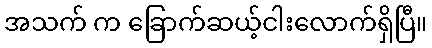
အသက် က ခြောက်ဆယ့်ငါးလောက်ရှိပြီ။